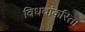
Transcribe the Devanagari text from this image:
विधवांकरिता